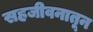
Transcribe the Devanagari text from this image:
सहजीवनातून